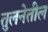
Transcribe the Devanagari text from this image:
तुलनेतील